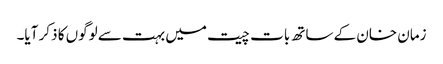
زمان خان کے ساتھ بات چیت میں بہت سے لوگوں کا ذکر آیا۔